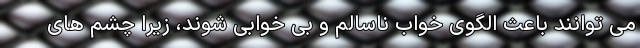
می ‌توانند باعث الگوی خواب ناسالم و بی ‌خوابی شوند، زیرا چشم‌ های